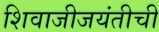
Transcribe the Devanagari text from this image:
शिवाजीजयंतीची